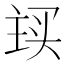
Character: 𬻽